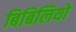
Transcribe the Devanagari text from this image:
बिबिलियो